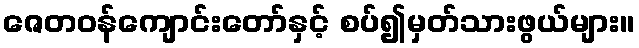
ဇေတဝန်ကျောင်းတော်နှင့် စပ်၍မှတ်သားဖွယ်များ။